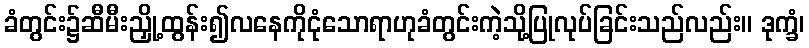
ခံတွင်း၌ဆီမီးညှို့ထွန်း၍လနေကိုငုံသောရာဟုခံတွင်းကဲ့သို့ပြုလုပ်ခြင်းသည်လည်း။ ဒုက္ခံ၊